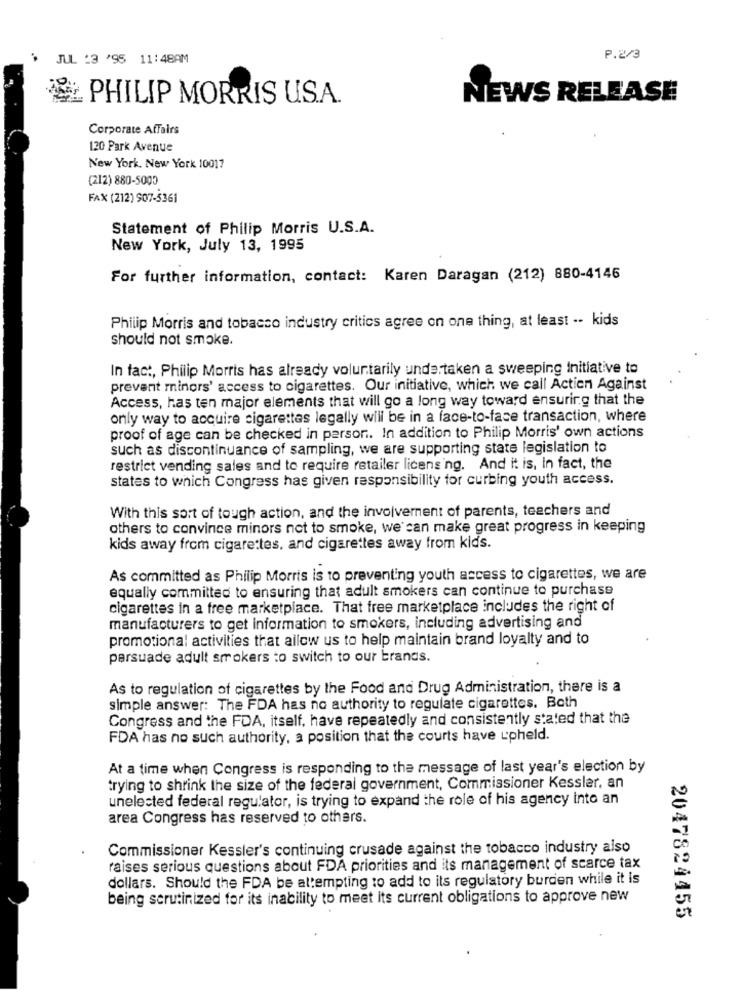
JUL 13 '95 11:48AM
P.2/3
PHILIP MORRIS US.A.
NEWS RELEASE
Corporate Affairs
120 Park Avenue
New York, New York 10017
(212) 880-5000
FAX (212) 907-5361
Statement of Philip Morris U.S.A.
New York, July 13, 1995
For further information, contact: Karen Daragan (212) 880-4146
Philip Morris and tobacco industry critics agree on one thing, at least -- kids
should not smoke.
In fact, Philip Morris has already voluntarily undertaken a sweeping Initiative to
prevent minors' access to cigarettes. Our initiative, which we call Action Against
Access, has ten major elements that will go a long way toward ensuring that the
only way to acquire cigarettes legally will be in a face-to-face transaction, where
proof of age can be checked in person. In addition to Philip Morris' own actions
such as discontinuance of sampling, we are supporting state legislation to
restrict vending sales and to require retailer licensing. And it is, In fact, the
states to which Congress has given responsibility for curbing youth access.
With this sort of tough action, and the involvement of parents, teachers and
others to convince minors not to smoke, we can make great progress in keeping
kids away from cigarettes, and cigarettes away from kids.
As committed as Philip Morris is to preventing youth access to cigarettes, we are
equally committed to ensuring that adult smokers can continue to purchase
cigarettes in a free marketplace. That free marketplace includes the right of
manufacturers to get information to smokers, including advertising and
promotional activities that allow us to help maintain brand loyalty and to
persuade adult smokers to switch to our brands.
As to regulation of cigarettes by the Food and Drug Administration, there is a
simple answer: The FDA has no authority to regulate cigarettes. Both
Congress and the FDA, itself, have repeatedly and consistently stated that the
FDA has no such authority, a position that the courts have upheld.
At a time when Congress is responding to the message of last year's election by
trying to shrink the size of the federal government, Commissioner Kessler, an
unelected federal regulator, is trying to expand the role of his agency into an
area Congress has reserved to others.
Commissioner Kessler's continuing crusade against the tobacco industry also
raises serious questions about FDA priorities and its management of scarce tax
dollars. Should the FDA be attempting to add to its regulatory burden while it is
being scrutinized for its inability to meet its current obligations to approve new
2047824455